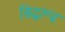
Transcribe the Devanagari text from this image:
सिद्धरूढ